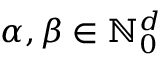
{ \boldsymbol { \alpha } } , { \boldsymbol { \beta } } \in \ensuremath { \mathbb { N } } _ { 0 } ^ { d }